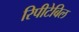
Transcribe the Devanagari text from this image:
रिपीटेबिल